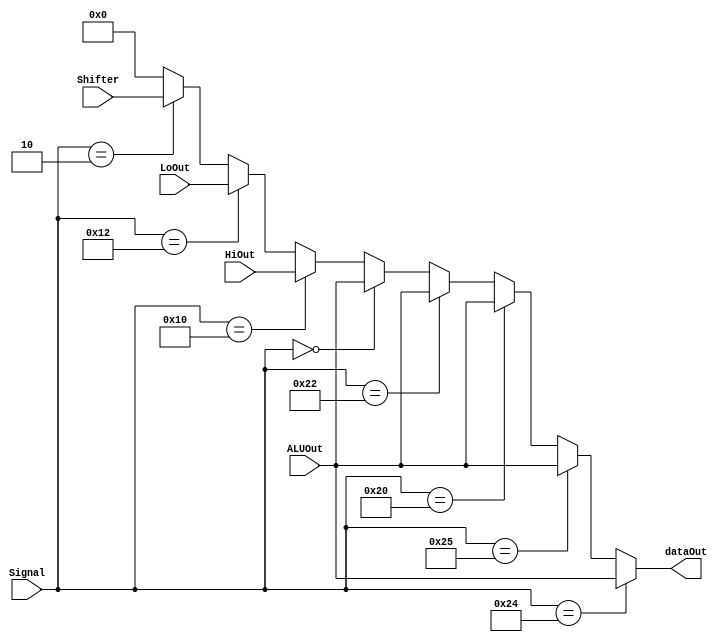
`timescale 1ns/1ns
module ALUMUX( ALUOut, HiOut, LoOut, Shifter, Signal, dataOut );
input [31:0] ALUOut ;
input [31:0] HiOut ;
input [31:0] LoOut ;
input [31:0] Shifter ;
input [5:0] Signal ;
output [31:0] dataOut ;


parameter AND = 6'b100100;
parameter OR  = 6'b100101;
parameter ADD = 6'b100000;
parameter SUB = 6'b100010;
parameter SLT = 6'b000000;
parameter SRL = 6'b000010;
parameter DIVU= 6'b011011;
parameter MFHI= 6'b010000;
parameter MFLO= 6'b010010;

    assign dataOut = (Signal == AND) ? ALUOut :
                     (Signal == OR) ? ALUOut :
                     (Signal == ADD) ? ALUOut :
                     (Signal == SUB) ? ALUOut :
                     (Signal == SLT) ? ALUOut :
                     (Signal == MFHI) ? HiOut :
                     (Signal == MFLO) ? LoOut :
                     (Signal == SRL) ? Shifter :
                     32'b0;
endmodule